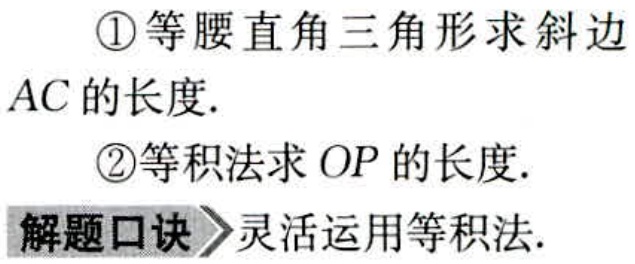
\textcircled{1}等腰直角三角形求斜边

$AC$的长度.

\textcircled{2}等积法求$OP$的长度.

解题口诀 灵活运用等积法.